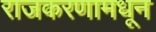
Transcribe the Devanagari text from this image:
राजकरणामधून